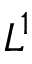
L ^ { 1 }